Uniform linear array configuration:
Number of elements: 16
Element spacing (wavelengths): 1
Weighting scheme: hann
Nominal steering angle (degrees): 60
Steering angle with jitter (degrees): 61.257
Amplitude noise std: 0.05
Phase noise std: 0.05

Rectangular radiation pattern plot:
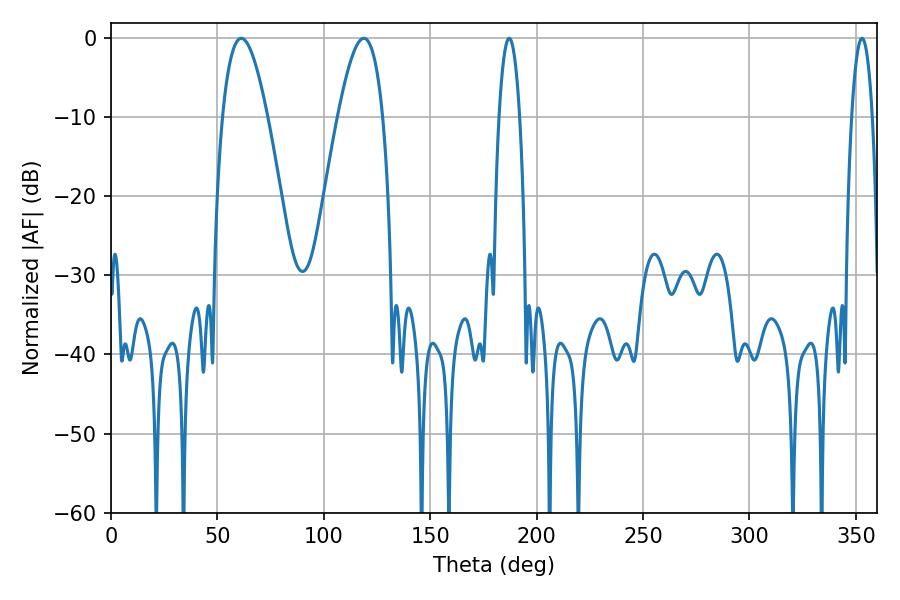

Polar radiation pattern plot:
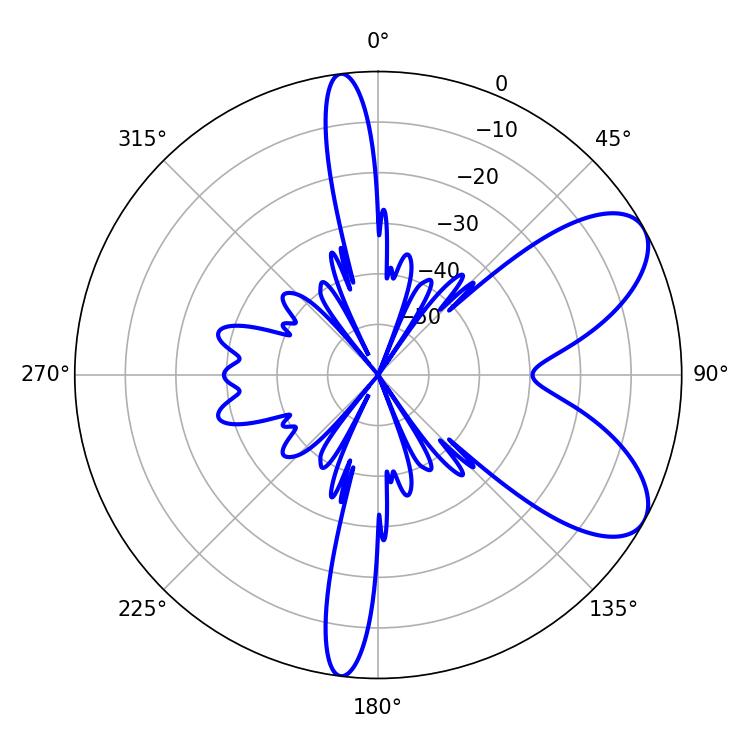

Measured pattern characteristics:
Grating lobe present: TRUE
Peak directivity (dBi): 7.472
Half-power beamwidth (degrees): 11.52
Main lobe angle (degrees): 61.2